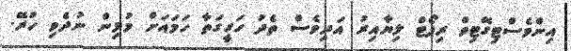
އިންވެސްޓިގޭޓިވް ރިޕޯޓް ލިޔާއިރު އަދިވެސް ތެދު ހަގީގަތާ ހަމައަށް މުޅިން ނުދެވި ހުރޭ.